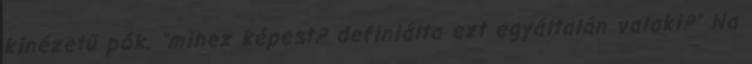
kinézetű pók. "mihez képest? definiálta ezt egyáltalán valaki?" Na